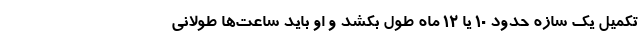
تکمیل یک سازه حدود ۱۰ یا ۱۲ ماه طول بکشد و او باید ساعت‌ها طولانی